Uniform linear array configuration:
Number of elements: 8
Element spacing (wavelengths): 0.5
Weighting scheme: exponential
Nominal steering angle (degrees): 60
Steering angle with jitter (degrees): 59.034
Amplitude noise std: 0.05
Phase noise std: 0.05

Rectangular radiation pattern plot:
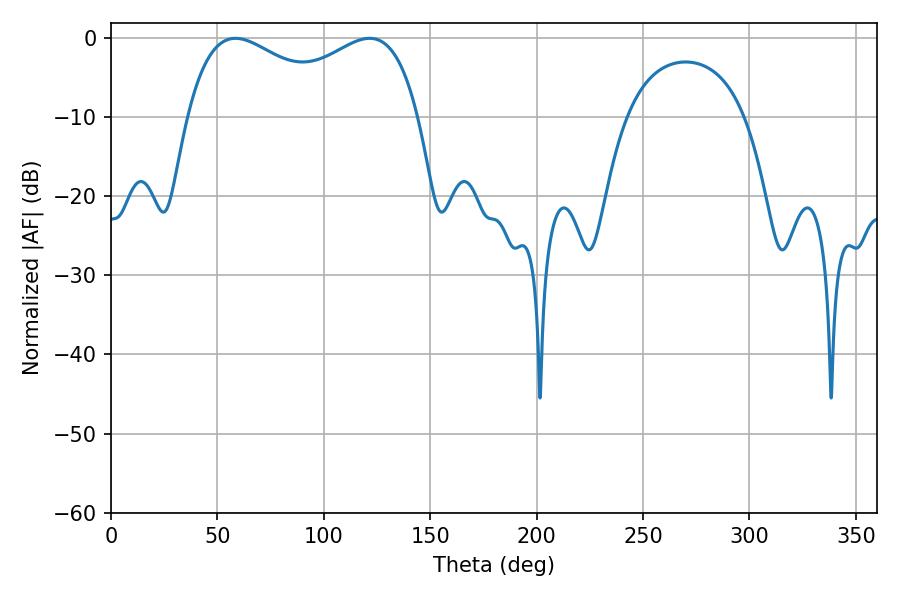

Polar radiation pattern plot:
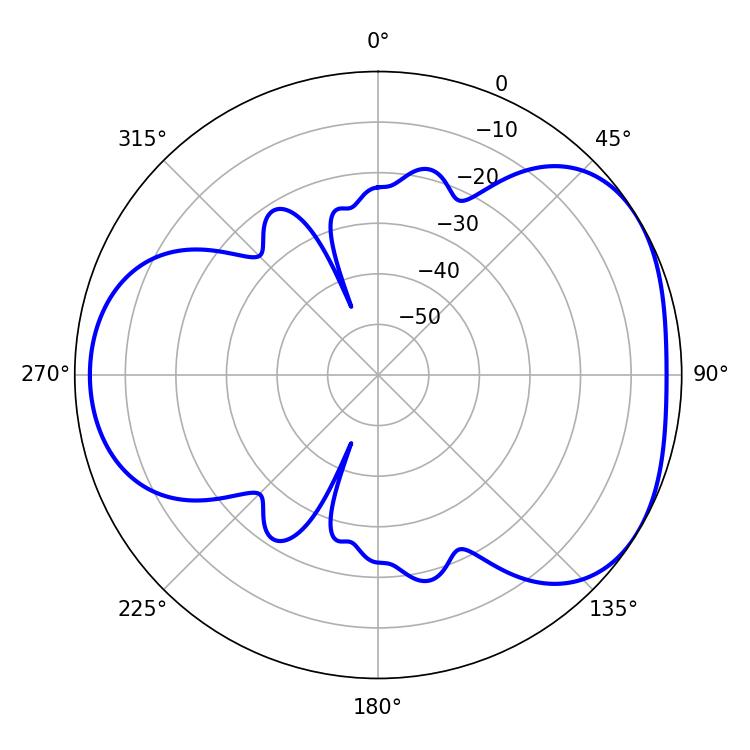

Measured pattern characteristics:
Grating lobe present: FALSE
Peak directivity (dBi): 4.091
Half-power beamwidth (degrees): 90.36
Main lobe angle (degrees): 121.5